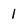
Character: 1